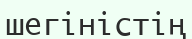
шегіністің